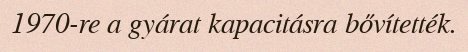
1970-re a gyárat kapacitásra bővítették.